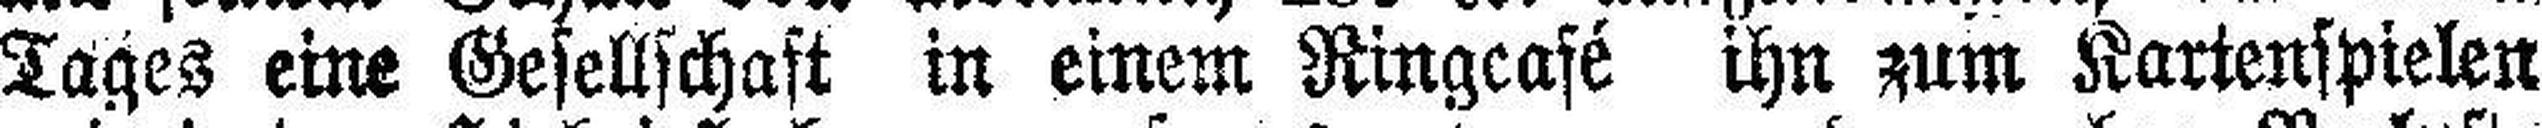
Tages eine Gesellschaft in einem Ringcafé ihn zum Kartenspielen